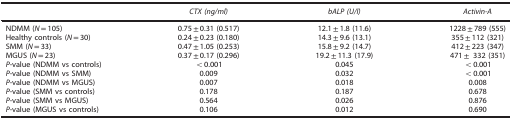
<table><thead><tr><td><b> </b></td><td><b><i>CTX (ng/ml)</i></b></td><td><b><i>bALP (U/l)</i></b></td><td><b><i>Activin-A</i></b></td></tr></thead><tbody><tr><td>NDMM (<i>N</i>=105)</td><td>0.75±0.31 (0.517)</td><td>12.1±1.8 (11.6)</td><td>1228±789 (555)</td></tr><tr><td>Healthy controls (<i>N</i>=30)</td><td>0.24±0.23 (0.180)</td><td>14.3±9.6 (13.1)</td><td>355±112 (321)</td></tr><tr><td>SMM (<i>N</i>=33)</td><td>0.47±1.05 (0.253)</td><td>15.8±9.2 (14.7)</td><td>412±223 (347)</td></tr><tr><td>MGUS (<i>N</i>=23)</td><td>0.37±0.17 (0.296)</td><td>19.2±11.3 (17.9)</td><td>471± 332 (351)</td></tr><tr><td><i>P</i>-value (NDMM vs controls)</td><td>&lt;0.001</td><td>0.045</td><td>&lt;0.001</td></tr><tr><td><i>P</i>-value (NDMM vs SMM)</td><td>0.009</td><td>0.032</td><td>&lt;0.001</td></tr><tr><td><i>P</i>-value (NDMM vs MGUS)</td><td>0.007</td><td>0.018</td><td>0.008</td></tr><tr><td><i>P</i>-value (SMM vs controls)</td><td>0.178</td><td>0.187</td><td>0.678</td></tr><tr><td><i>P</i>-value (SMM vs MGUS)</td><td>0.564</td><td>0.026</td><td>0.876</td></tr><tr><td><i>P</i>-value (MGUS vs controls)</td><td>0.106</td><td>0.012</td><td>0.690</td></tr></tbody></table>